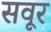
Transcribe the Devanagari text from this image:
सवूर